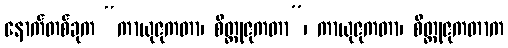
နောက်တစ်ခုက “ကာယုဇုကတာ၊ စိတ္တုဇုကတာ”၊ ကာယုဇုကတာ၊ စိတ္တုဇုကတာက